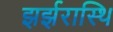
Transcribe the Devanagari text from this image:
झर्झरास्थि